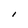
Character: I